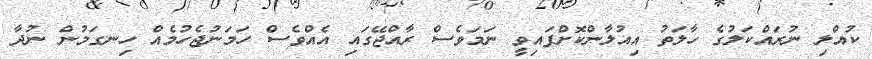
ކުއްލި ނުރައްކަލުގެ ހާލަތު އިއުލާންކޮށްފައިވީ ނަމަވެސް ރާއްޖޭގައި އެއްވެސް ހަމަނުޖެހުމެއް ހިނގަމުން ނުދާ